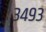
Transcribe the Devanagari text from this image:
३४९३